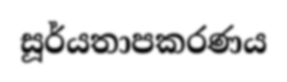
සූර්යතාපකරණය